Vaccination in Bombay 1889-1901 - 1889-1901
Year: 1889
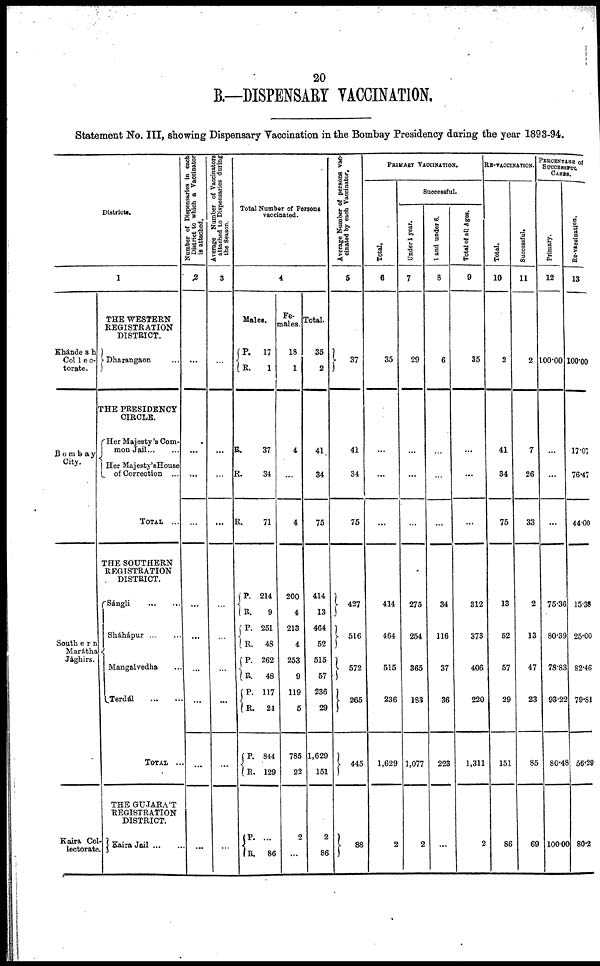
20
B.—DISPENSARY VACCINATION.
Statement No. III, showing Dispensary Vaccination in the Bombay Presidency during the year 1893-94.
Districts.
1
Khándesh
Col1ec¬
torate.
Bombay
City.
Southern
Marátha
Jâghirs.
Kaira Col¬
lectorate.
THE WESTERN
REGISTRATION
DISTRICT.
Dharangaon ...
THE PRESIDENCY
CIRCLE.
Her Majesty's Com-
mon Jail
Her Majesty's House
of Correction ...
TOTAL ...
THE SOUTHERN
REGISTRATION
DISTRICT.
Sángli
...
...
Sháhápur
...
...
Mangalvedha ...
Terdál
...
...
TOTAL ...
THE GUJARÁT
REGISTRATION
DISTRICT.
Kaira Jail ... ...
Number of Dispensaries in each
District to which a Vaccinator
is attached.
2
...
...
...
...
...
...
...
...
...
...
Average Number of Vaccinators
attached to Dispensaries during
the Season.
3
...
...
...
...
...
...
...
...
...
...
Total Number of Persons
vaccinated.
4
Males.
P.
R.
R.
R.
R.
P.
R.
P.
R.
P.
R.
P. R.
P.
R.
P.
R.
17
1
37
34
71
214
9
251
48
262
48
117
24
844
129
...
86
Fe-
males.
18
1
4
...
4
200
4
213
4
253
9
119
5
785
22
2
...
Total.
35
2
41
34
75
414
13
464
52
515
57
236
29
1,629
151
2
86
Average Number of persons vac-
cinated by each Vaccinator.
5
37
41
34
75
427
516
572
265
445
88
PRIMARY VACCINATION.
Total.
6
35
...
...
...
414
464
515
236
1,629
2
Successful.
Under 1 year.
7
29
...
...
...
275
254
365
183
1,077
2
1 and under 6.
8
6
...
...
...
34
116
37
36
223
...
Total of all Ages.
9
35
...
...
...
312
373
406
220
1,311
2
RE-VACCINATION.
Total.
10
2
41
34
75
13
52
57
29
151
86
Successful.
11
2
7
26
33
2
13
47
23
85
69
PERCENTAGE of
SUCCESSFUL
CASES.
Primary.
12
100.00
...
...
...
75.36
80.39
78.83
93.22
80.48
100.00
Re-vaccination.
13
100.00
17.07
76.47
44.00
15.38
25.00
82.46
79.81
56.29
80.2